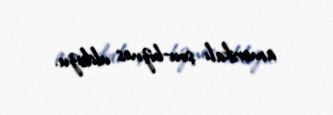
amerikalı şou-biznes ulduzu.